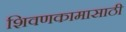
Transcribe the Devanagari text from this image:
शिवणकामासाठी